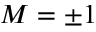
M = \pm 1